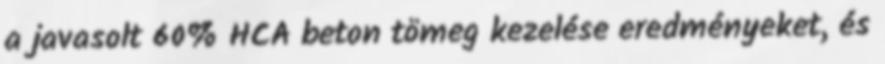
a javasolt 60% HCA beton tömeg kezelése eredményeket, és